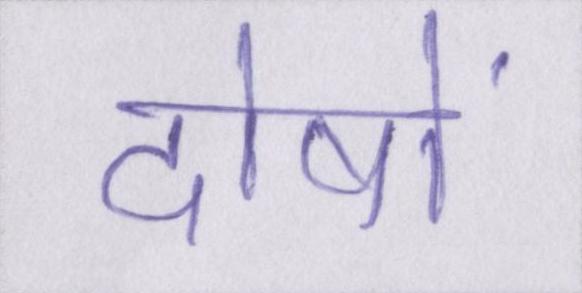
दोषों